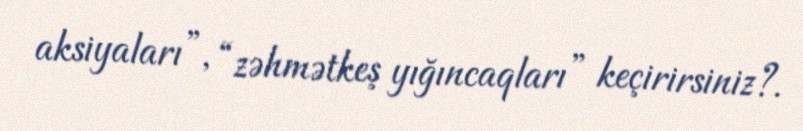
aksiyaları”, “zəhmətkeş yığıncaqları” keçirirsiniz?.